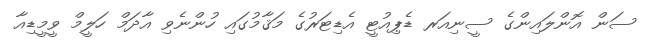
ސަން އޮންލައިންގެ ސީނިއަރ ޑެޕިއުޓީ އެޑިޓަރުގެ މަޤާމުގައި ހުންނެވި އާދަމް ހަލީމް ވީމީޑިއާ